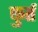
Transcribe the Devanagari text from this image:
फुर्त